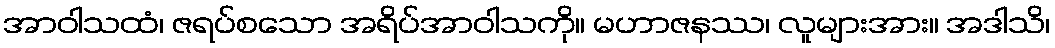
အာဝါသထံ၊ ဇရပ်စသော အရိပ်အာဝါသကို။ မဟာဇနဿ၊ လူများအား။ အဒါသိ၊